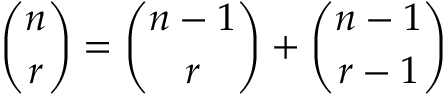
{ \binom { n } { r } } = { \binom { n - 1 } { r } } + { \binom { n - 1 } { r - 1 } }